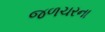
જળચરના